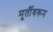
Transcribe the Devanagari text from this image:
मूर्तीवरून